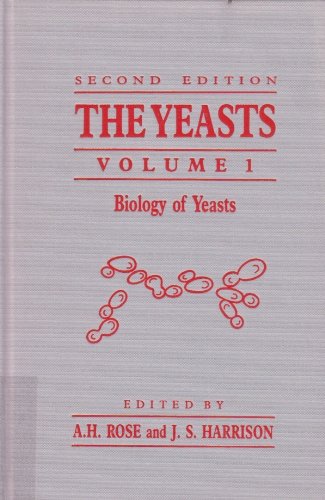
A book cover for Biology of Yeasts (The Yeasts, Vol. 1); Anthony H. Rose; Medical Books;